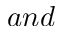
a n d